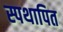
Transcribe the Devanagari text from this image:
स्पथापित